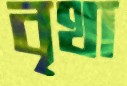
বৃথা